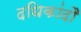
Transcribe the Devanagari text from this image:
दधिकांदौ